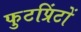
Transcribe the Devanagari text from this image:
फुटप्रिंटों